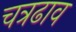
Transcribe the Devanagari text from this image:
चत्रढाव